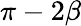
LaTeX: \pi-2\beta